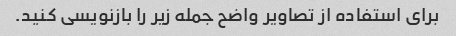
برای استفاده از تصاویر واضح جمله زیر را بازنویسی کنید.